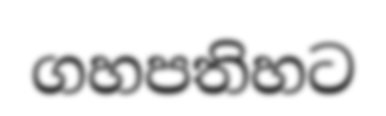
ගහපතිහට